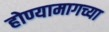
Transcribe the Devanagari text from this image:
होण्यामागच्या